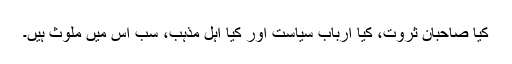
کیا صاحبان ثروت، کیا ارباب سیاست اور کیا اہل مذہب، سب اس میں ملوث ہیں۔